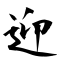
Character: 迎